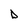
Character: D